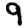
Digit: 9